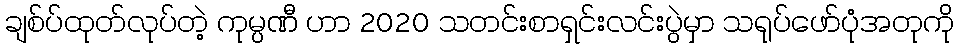
ချစ်ပ်ထုတ်လုပ်တဲ့ ကုမ္ပဏီ ဟာ 2020 သတင်းစာရှင်းလင်းပွဲမှာ သရုပ်ဖော်ပုံအတုကို